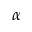
\alpha